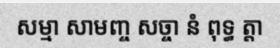
សម្មា សាមញ្ច សច្ចា នំ ពុទ្ធ ត្តា